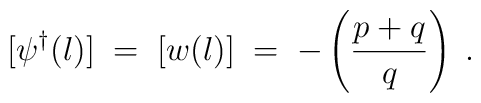
[\psi^{\dagger}(l)] \;=\; [w(l)]\;=\; - \left( \frac{p+q}{q} \right) \;.